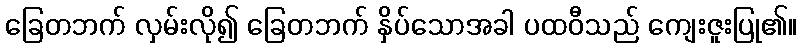
ခြေတဘက် လှမ်းလို၍ ခြေတဘက် နှိပ်သောအခါ ပထဝီသည် ကျေးဇူးပြု၏။